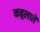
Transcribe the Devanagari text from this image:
कहलातें